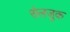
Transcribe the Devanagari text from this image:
सेलजुक